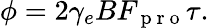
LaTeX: \phi=2\gamma_{e}BF_{\mathrm{~p~r~o~}}\tau.